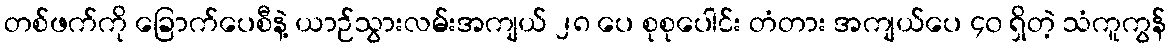
တစ်ဖက်ကို ခြောက်ပေစီနဲ့ ယာဉ်သွားလမ်းအကျယ် ၂၈ ပေ စုစုပေါင်း တံတား အကျယ်ပေ ၄၀ ရှိတဲ့ သံကူကွန်